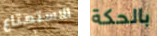
الاستمتاع بالحكة